Report of the Imperial Institute of Veterinary Research, Muktesar
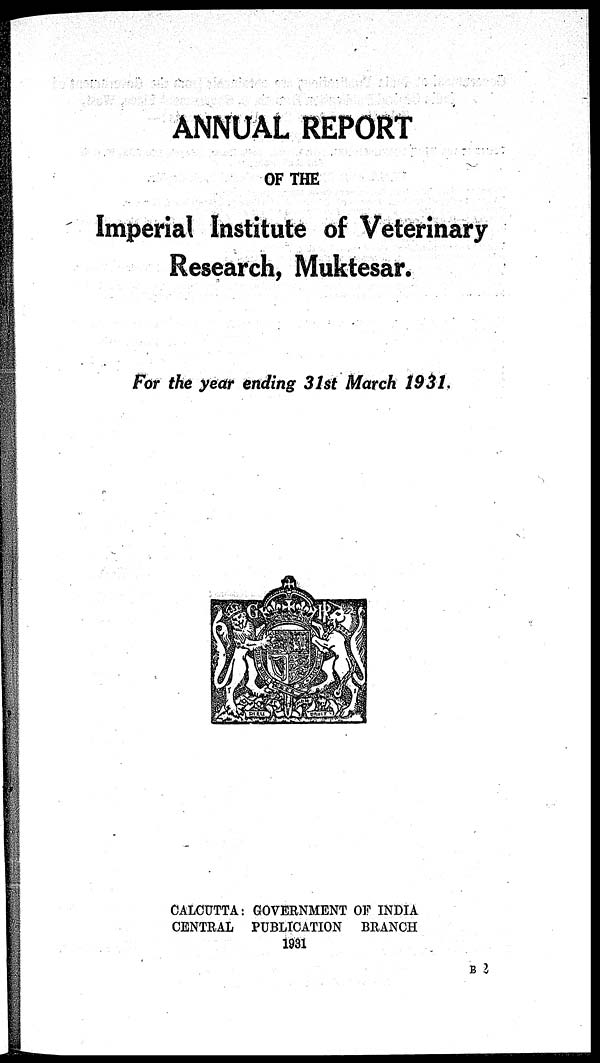
ANNUAL REPORT
OF THE
Imperial Institute of Veterinary
Research, Muktesar.
For the year ending 31st March 1931.
CALCUTTA : GOVERNMENT OF INDIA
CENTRAL PUBLICATION BRANCH
1931
B 2